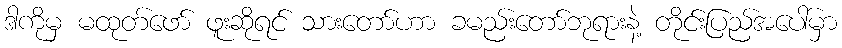
ဒါကိုမှ မထုတ်ဖော် ဖူးဆိုရင် သားတော်ဟာ ခမည်းတော်ဘုရားနဲ့ တိုင်းပြည်အပေါ်မှာ